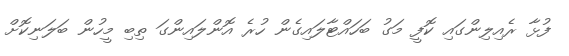
ފުޅާ ރެއިލިންގައި ކޮފީ މަގު ބަހައްޓާލައިގެން ހުރެ އޮންލައިންގަ ތިބި މީހުން ބަލަނިކޮށް